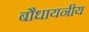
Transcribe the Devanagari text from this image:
बौधायनीय